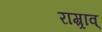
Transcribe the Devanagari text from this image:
राम्र्राव्